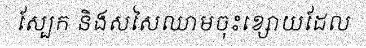
ស្បែក និងសសៃឈាមចុះខ្សោយដែល